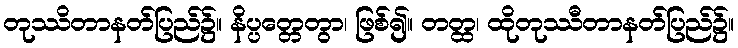
တုဿိတာနတ်ပြည်၌။ နိပ္ပတ္တေတွာ၊ ဖြစ်၍။ တတ္ထ၊ ထိုတုဿီတာနတ်ပြည်၌။